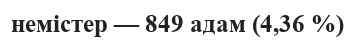
немістер — 849 адам (4,36 %)